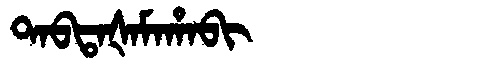
Manchu: ᡨᠠᠪᡨᠠᡧᠠᠮᠠᡥᠠᠪᡳ
Romanization: TABTAŠAMAHABI